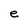
Character: e